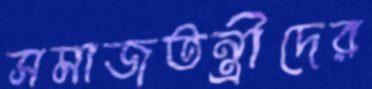
সমাজতন্ত্রীদের